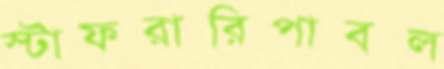
স্টাফরারিপাবল